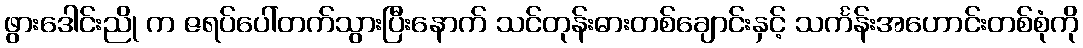
ဖွားဒေါင်းညို က ဇရပ်ပေါ်တက်သွားပြီးနောက် သင်တုန်းဓားတစ်ချောင်းနှင့် သင်္ကန်းအဟောင်းတစ်စုံကို